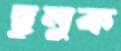
ছুলুক